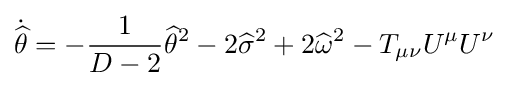
{\dot {\widehat {\theta }}}=-{\frac {1}{D-2}}{\widehat {\theta }}^{2}-2{\widehat {\sigma }}^{2}+2{\widehat {\omega }}^{2}-T_{\mu \nu }U^{\mu }U^{\nu }